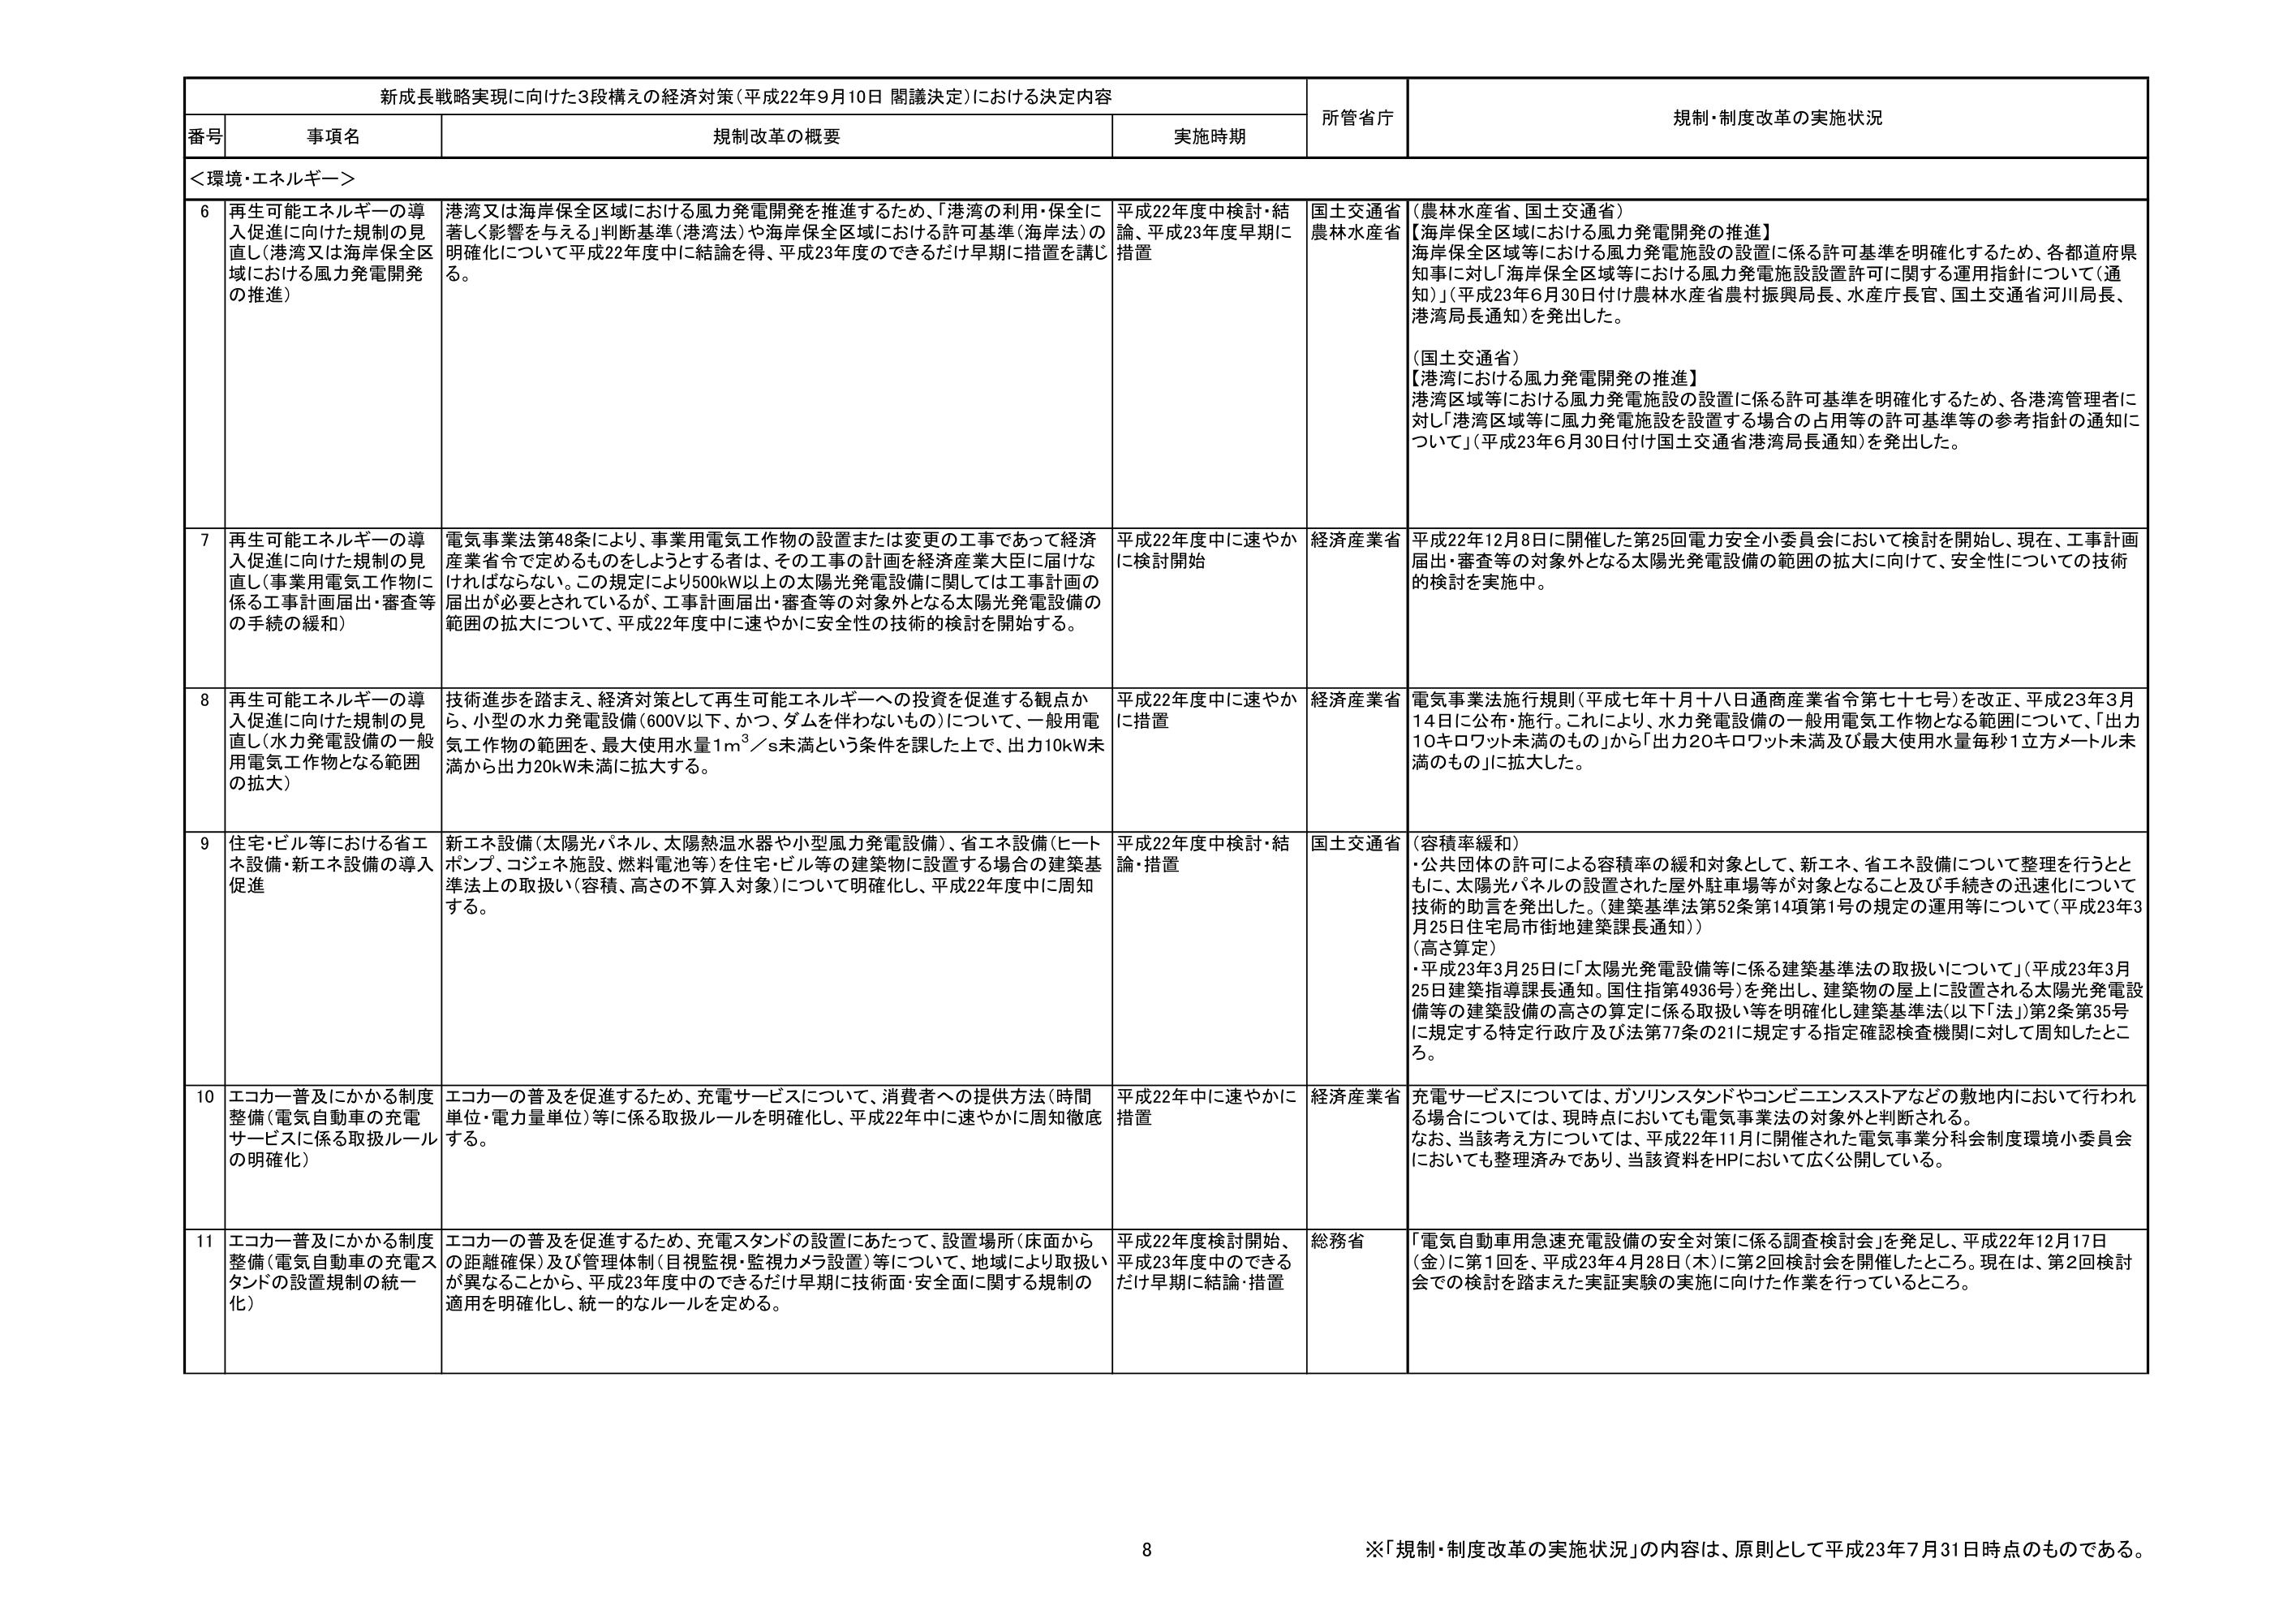
新成長戦略実現に向けた3段構えの経済対策（平成22年9月10日 閣議決定）における決定内容

番号 事項名 規制改革の概要 実施時期 所管省庁 規制・制度改革の実施状況

＜環境・エネルギー＞

6 再生可能エネルギーの導入促進に向けた規制の見直し（港湾又は海岸保全区域における風力発電開発の推進） 港湾又は海岸保全区域における風力発電開発を推進するため、「港湾の利用・保全に著しく影響を与える」判断基準（港湾法）や海岸保全区域における許可基準（海岸法）の明確化について平成22年度中に結論を得、平成23年度のできるだけ早期に措置を講じる。 平成22年度中検討・結論、平成23年度早期に措置 国土交通省 農林水産省 （農林水産省、国土交通省） 【海岸保全区域における風力発電開発の推進】 海岸保全区域等における風力発電施設の設置に係る許可基準を明確化するため、各都道府県知事に対し「海岸保全区域等における風力発電施設設置許可に関する運用指針について（通知）」（平成23年6月30日付け農林水産省農村振興局長、水産庁長官、国土交通省河川局長、港湾局長通知）を発出した。 （国土交通省） 【港湾における風力発電開発の推進】 港湾区域等における風力発電施設の設置に係る許可基準を明確化するため、各港湾管理者に対し「港湾区域等に風力発電施設を設置する場合の占用等の許可基準等の参考指針の通知について」（平成23年6月30日付け国土交通省港湾局長通知）を発出した。

7 再生可能エネルギーの導入促進に向けた規制の見直し（事業用電気工作物に係る工事計画届出・審査等の手続の緩和） 電気事業法第48条により、事業用電気工作物の設置または変更の工事であって経済産業省令で定めるものをしようとする者は、その工事の計画を経済産業大臣に届けなければならない。この規定により500kW以上の太陽光発電設備に関しては工事計画の届出が必要とされているが、工事計画届出・審査等の対象外となる太陽光発電設備の範囲の拡大について、平成22年度中に速やかに安全性の技術的検討を開始する。 平成22年度中に速やかに検討開始 経済産業省 平成22年12月8日に開催した第25回電力安全小委員会において検討を開始し、現在、工事計画届出・審査等の対象外となる太陽光発電設備の範囲の拡大に向けて、安全性についての技術的検討を実施中。

8 再生可能エネルギーの導入促進に向けた規制の見直し（水力発電設備の一般用電気工作物となる範囲の拡大） 技術進歩を踏まえ、経済対策として再生可能エネルギーへの投資を促進する観点から、小型の水力発電設備（600V以下、かつ、ダムを伴わないもの）について、一般用電気工作物の範囲を、最大使用水量1m³／s未満という条件を課した上で、出力10kW未満から出力20kW未満に拡大する。 平成22年度中に速やかに措置 経済産業省 電気事業法施行規則（平成七年十月十八日通商産業省令第七十七号）を改正、平成23年3月14日に公布・施行。これにより、水力発電設備の一般用電気工作物となる範囲について、「出力10キロワット未満のもの」から「出力20キロワット未満及び最大使用水量毎秒1立方メートル未満のもの」に拡大した。

9 住宅・ビル等における省エネ設備・新エネ設備の導入促進 新エネ設備（太陽光パネル、太陽熱温水器や小型風力発電設備）、省エネ設備（ヒートポンプ、コジェネ施設、燃料電池等）を住宅・ビル等の建築物に設置する場合の建築基準法上の取扱い（容積、高さの不算入対象）について明確化し、平成22年度中に周知する。 平成22年度中検討・結論・措置 国土交通省 （容積率緩和） ・公共団体の許可による容積率の緩和対象として、新エネ、省エネ設備について整理を行うとともに、太陽光パネルの設置された屋外駐車場等が対象となること及び手続きの迅速化について技術的助言を発出した。（建築基準法第52条第14項第1号の規定の運用等について（平成23年3月25日住宅局市街地建築課長通知）） （高さ算定） ・平成23年3月25日に「太陽光発電設備等に係る建築基準法の取扱いについて」（平成23年3月25日建築指導課長通知。国住指第4936号）を発出し、建築物の屋上に設置される太陽光発電設備等の建築設備の高さの算定に係る取扱い等を明確化し建築基準法（以下「法」）第2条第35号に規定する特定行政庁及び法第77条の21に規定する指定確認検査機関に対して周知したところ。

10 エコカー普及にかかる制度整備（電気自動車の充電サービスに係る取扱ルールの明確化） エコカーの普及を促進するため、充電サービスについて、消費者への提供方法（時間単位・電力量単位）等に係る取扱ルールを明確化し、平成22年中に速やかに周知徹底する。 平成22年中に速やかに措置 経済産業省 充電サービスについては、ガソリンスタンドやコンビニエンスストアなどの敷地内において行われる場合については、現時点においても電気事業法の対象外と判断される。 なお、当該考え方については、平成22年11月に開催された電気事業分科会制度環境小委員会においても整理済みであり、当該資料をHPにおいて広く公開している。

11 エコカー普及にかかる制度整備（電気自動車の充電スタンドの設置規制の統一化） エコカーの普及を促進するため、充電スタンドの設置にあたって、設置場所（床面からの距離確保）及び管理体制（目視監視・監視カメラ設置）等について、地域により取扱いが異なることから、平成23年度中のできるだけ早期に技術面・安全面に関する規制の適用を明確化し、統一的なルールを定める。 平成22年度検討開始、平成23年度中できるだけ早期に結論・措置 総務省 「電気自動車用急速充電設備の安全対策に係る調査検討会」を発足し、平成22年12月17日（金）に第1回を、平成23年4月28日（木）に第2回検討会を開催したところ。現在は、第2回検討会での検討を踏まえた実証実験の実施に向けた作業を行っているところ。

※「規制・制度改革の実施状況」の内容は、原則として平成23年7月31日時点のものである。

8